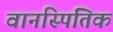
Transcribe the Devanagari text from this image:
वानस्पितिक